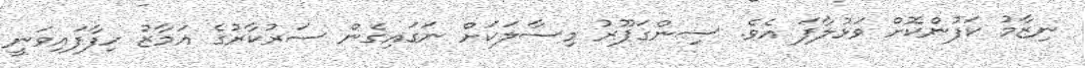
ނިޒާމު ކަފުންކޮށް ވަޅުލާފަ އެވެ. ސިންގަޕޫރު މިސާލަކަށް ނަގައިގެން ސަރުކާރުގެ އަމާޒު ހިފާފައިވަނީ